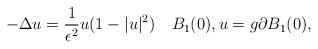
LaTeX: \begin{align*}-\Delta u=\frac{1}{\epsilon^2}u(1-|u|^2)\quad B_1(0),u=g \partial B_1(0),\end{align*}